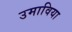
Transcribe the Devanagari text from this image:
उमाविया